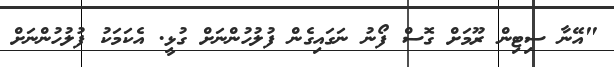
"އޭނާ ސިޓިން ރޫމަށް ގޮސް ފޯނު ނަގައިގެން ފުލުހުންނަށް ގުޅީ. އެކަމަކު ފުލުހުންނަށް